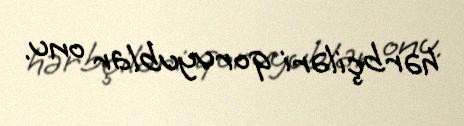
hərbçiləri qoruyublar onu.